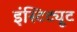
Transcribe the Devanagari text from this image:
इंस्टिट्यूट